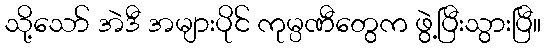
သို့သော် အဲဒီ အများပိုင် ကုမ္ပဏီတွေက ဖွဲ့ပြီးသွားပြီ။